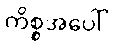
ကိစ္စအပေါ်